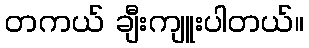
တကယ် ချီးကျူးပါတယ်။